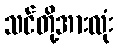
သင်တို့အားလုံး